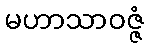
မဟာသာဝဇ္ဇံ